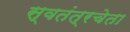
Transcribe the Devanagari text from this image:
स्वतंत्रचेता